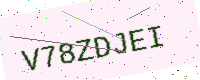
Text: V78ZDJEI